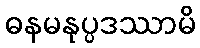
ဓနမနုပ္ပဒဿာမိ